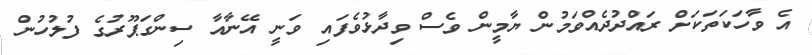
އެ ވާހަކަތަކަށް ރައްދުދެއްވަމުން ޔާމީން ވެސް ވިދާޅުވެފައި ވަނީ އޭނާއާ ސިންގަޕޫރުގެ ފުލުހުން